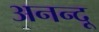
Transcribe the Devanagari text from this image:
अनन्‍दू